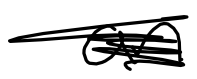
Text: an
Cross-out: mix
Writing tool: digital_black